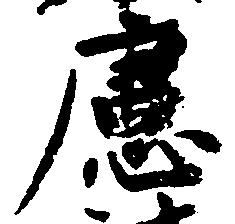
慮